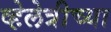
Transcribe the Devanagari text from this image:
व्हेलेत्रीच्या